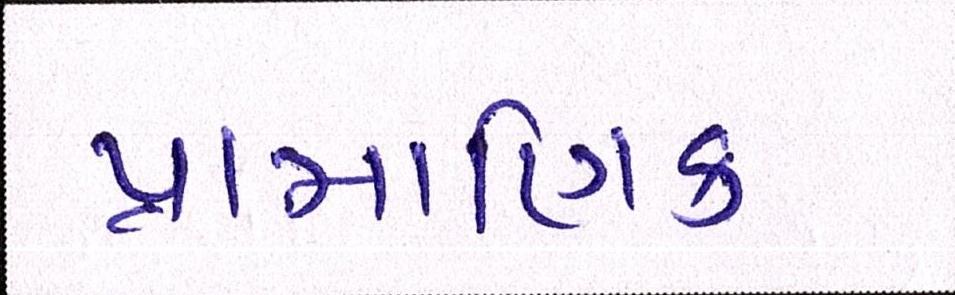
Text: પ્રામાણિક